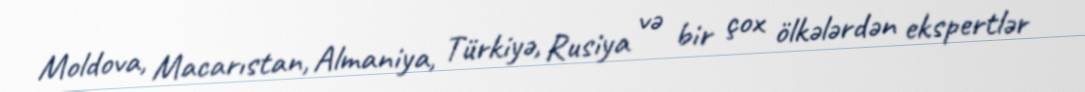
Moldova, Macarıstan, Almaniya, Türkiyə, Rusiya və bir çox ölkələrdən ekspertlər